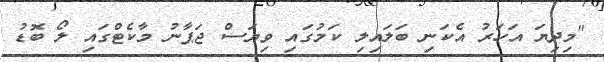
"މިދިޔަ އަހަރު އެކަނި ބަލައިލި ކަމުގައި ވިޔަސް ޖަޕާނު މާކެޓްގައި ލޯ ބޮޑު